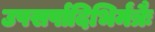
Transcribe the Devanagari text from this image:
उपसर्पादिभिर्मंत्रैः